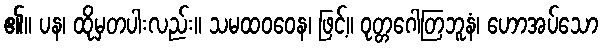
၏။ ပန၊ ထိုမှတပါးလည်း။ သမထဝဝေန၊ ဖြင့်။ ဝုတ္တဂေါတြဘူနံ၊ ဟောအပ်သော